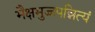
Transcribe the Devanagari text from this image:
भैक्षभुज्जपन्नित्यं